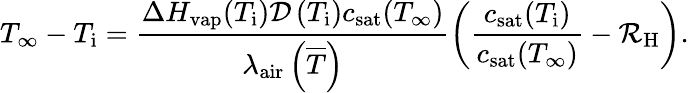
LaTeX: T_{\infty}-T_{\mathrm{i}}=\frac{\Delta H_{\mathrm{vap}}(T_{\mathrm{i}}){\cal D}\left(T_{\mathrm{i}}\right)c_{\mathrm{sat}}(T_{\infty})}{\lambda_{\mathrm{air}}\left({\overline{T}}\right)}\left(\frac{c_{\mathrm{sat}}(T_{\mathrm{i}})}{c_{\mathrm{sat}}(T_{\infty})}-\mathcal{R}_{\mathrm{H}}\right).